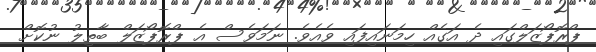
ޕްރޮޕޯޒަލްގައި ދެ އަގެއް ހިމަނައިފައި ވެއެވެ. ނަމަވެސް އެ ޕްރޮޕޯޒަލް ބާތިލު ނުކޮށް